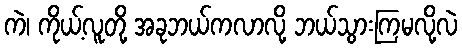
ကဲ၊ ကိုယ့်လူတို့ အခုဘယ်ကလာလို့ ဘယ်သွားကြမလို့လဲ